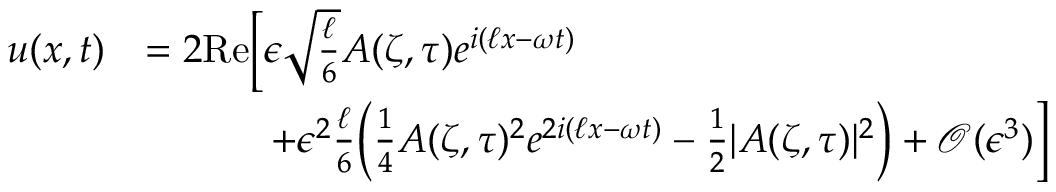
\begin{array} { r l } { u ( x , t ) } & { = 2 \mathrm { R e } \bigg [ \epsilon \sqrt { \frac { \ell } { 6 } } A ( \zeta , \tau ) e ^ { i ( \ell x - \omega t ) } } \\ & { \qquad \quad \, + \epsilon ^ { 2 } \frac { \ell } { 6 } \Big ( \frac { 1 } { 4 } A ( \zeta , \tau ) ^ { 2 } e ^ { 2 i ( \ell x - \omega t ) } - \frac { 1 } { 2 } | A ( \zeta , \tau ) | ^ { 2 } \Big ) + \mathcal { O } ( \epsilon ^ { 3 } ) \bigg ] } \end{array}